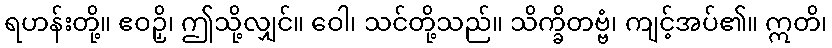
ရဟန်းတို့။ ဧဝဉှိ၊ ဤသို့လျှင်။ ဝေါ၊ သင်တို့သည်။ သိက္ခိတဗ္ဗံ၊ ကျင့်အပ်၏။ ဣတိ၊